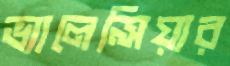
ভ্যালেন্সিয়ার